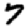
Digit: 7